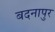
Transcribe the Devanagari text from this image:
बदनापुर